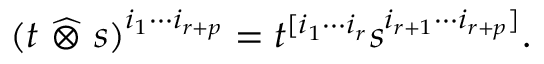
( t ~ { \widehat { \otimes } } ~ s ) ^ { i _ { 1 } \cdots i _ { r + p } } = t ^ { [ i _ { 1 } \cdots i _ { r } } s ^ { i _ { r + 1 } \cdots i _ { r + p } ] } .